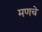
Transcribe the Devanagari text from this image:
मणचे